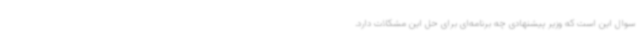
سوال این است که وزیر پیشنهادی چه برنامه‌ای برای حل این مشکلات دارد.